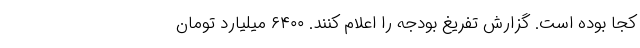
کجا بوده است. گزارش تفریغ بودجه را اعلام کنند. ۶۴۰۰ میلیارد تومان